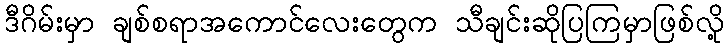
ဒီဂိမ်းမှာ ချစ်စရာအကောင်လေးတွေက သီချင်းဆိုပြကြမှာဖြစ်လို့